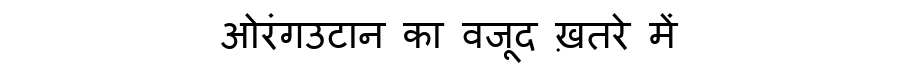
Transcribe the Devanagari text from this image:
ओरंगउटान का वजूद ख़तरे में